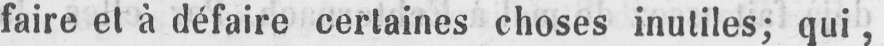
faire et à défaire certaines choses inutiles; qui,